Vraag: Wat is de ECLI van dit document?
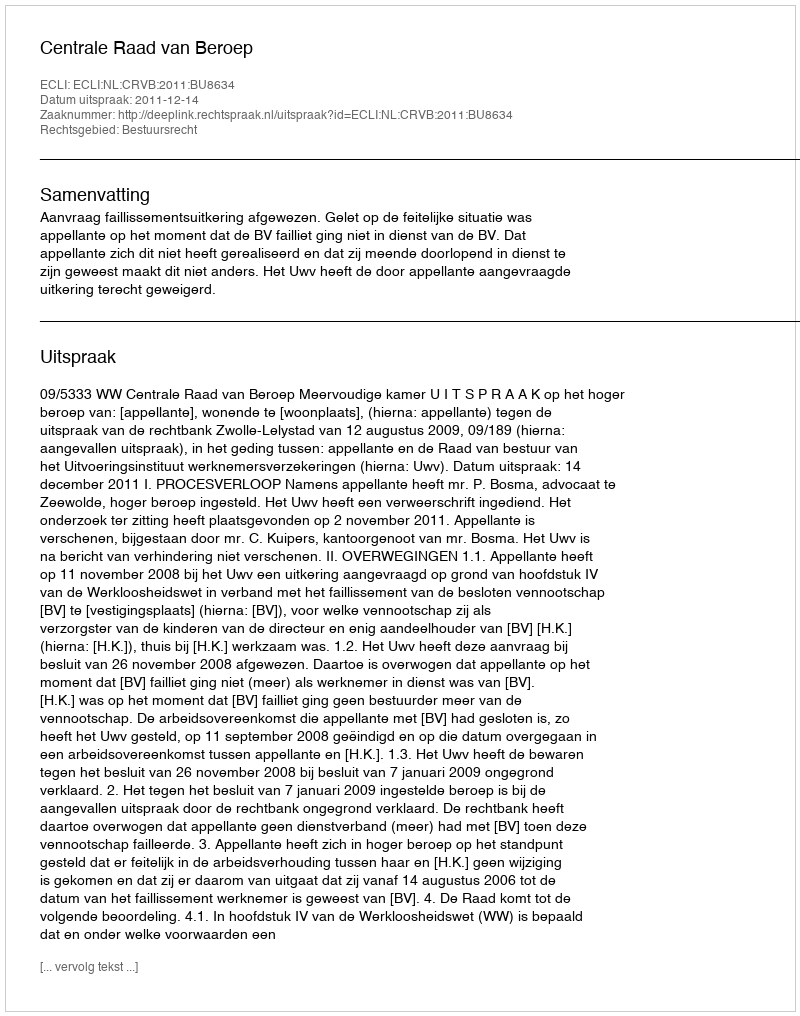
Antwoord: ECLI:NL:CRVB:2011:BU8634